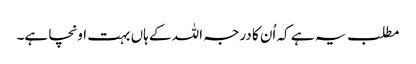
مطلب یہ ہے کہ اُن کا درجہ اللہ کے ہاں بہت اونچا ہے۔